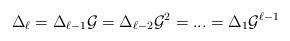
LaTeX: \begin{align*}\Delta_\ell=\Delta_{\ell -1} {\mathcal{G}}=\Delta_{\ell -2}{\mathcal{G}}^2=...=\Delta_{1}{\mathcal{G}}^{\ell-1}\end{align*}